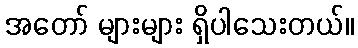
အတော် များများ ရှိပါသေးတယ်။